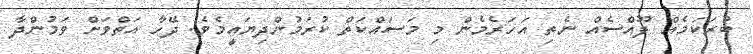
ބުރަކަމެއް ފޫއްސެއް ނެތި އަހަރެމެން މި މަސައްކަތް ކުރަމުންދިޔައީމެވެ. ދޭހާ އަތްވަށް ވަމުންދާ